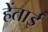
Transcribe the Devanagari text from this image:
हेंताई